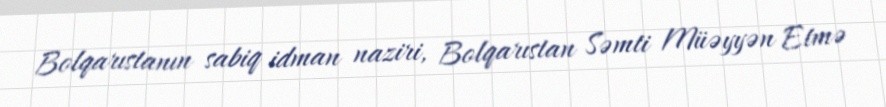
Bolqarıstanın sabiq idman naziri, Bolqarıstan Səmti Müəyyən Etmə